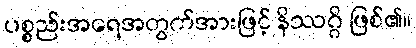
ပစ္စည်းအရေအတွက်အားဖြင့် နိဿဂ္ဂိ ဖြစ်၏။